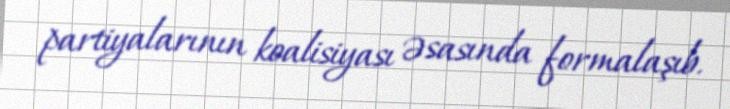
partiyalarının koalisiyası əsasında formalaşıb.